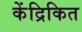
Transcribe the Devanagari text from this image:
केंद्रिकित